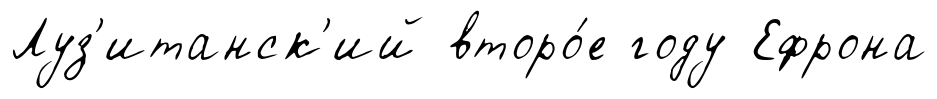
Луз'итанск'ий второ́е году Ефрона